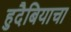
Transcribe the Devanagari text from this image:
हुदैबियाचा